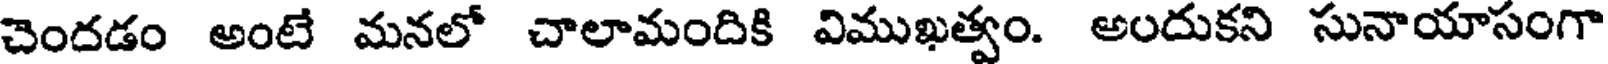
చెందడం అంటే మనలో చాలామందికి విముఖత్వం. అందుకని సునాయాసంగా